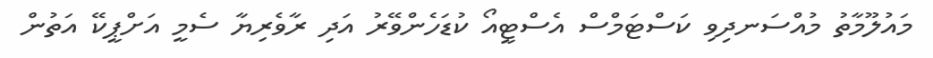
މައުލޫމާތު މުއްސަނދިވި ކަސްޓަމްސް އެސްޓީއޯ ކުޑަހެންވޭރު އަދި ރާވެރިޔާ ސެމީ އަށްޕީކޭ އަތުން